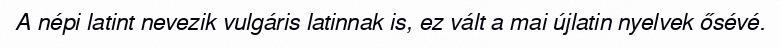
A népi latint nevezik vulgáris latinnak is, ez vált a mai újlatin nyelvek ősévé.